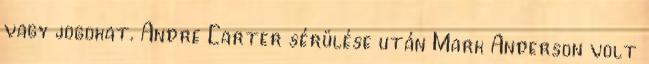
vagy jogokat. Andre Carter sérülése után Mark Anderson volt